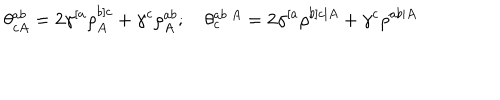
\theta _ { c A } ^ { a b } = 2 \gamma ^ { [ a } \rho _ { A } ^ { b ] c } + \gamma ^ { c } \rho _ { A } ^ { a b } ; \quad \theta _ { c } ^ { a b \ A } = 2 \gamma ^ { [ a } \rho ^ { b ] c \vert A } + \gamma ^ { c } \rho ^ { a b \vert A }